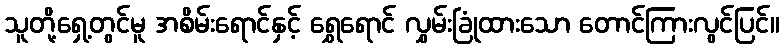
သူတို့ရှေ့တွင်မူ အစိမ်းရောင်နှင့် ရွှေရောင် လွှမ်းခြုံထားသော တောင်ကြားလွင်ပြင်။